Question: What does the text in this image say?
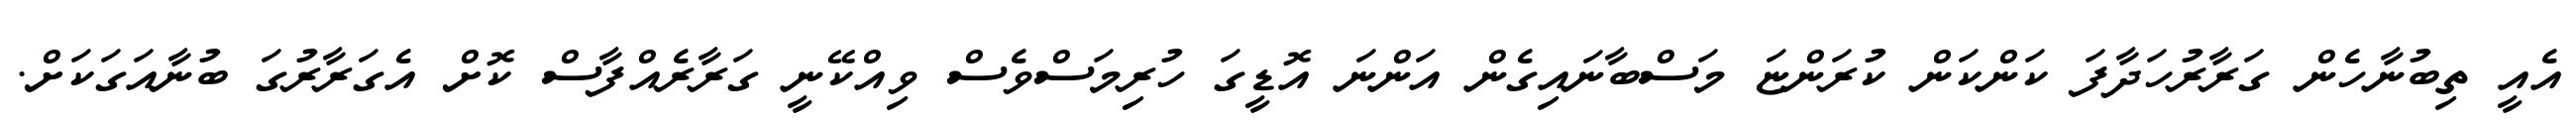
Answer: އެއީ ތިބުނާހެން ގަރާރުހަދާފަ ކަންކަން ކުރަންޏަ މަސްބާނައިގެން އަންނަ އޮޑީގަ ހުރިމަސްވެސް ވިއްކޭނީ ގަރާރެއްފާސް ކޮށް އެގަރާރުގަ ބުނާއަގަކަށް.